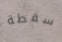
سقطة